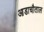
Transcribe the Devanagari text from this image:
आडाचौताल